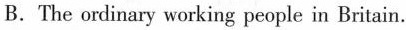
B.The ordinary working people in Britain.